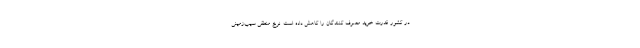
در کشور قدرت خرید مصرف کنندگان را کاهش داده است. نرخ منطقی سیب‌زمینی